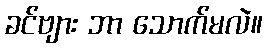
ခင်ဗျား ဘာ သောက်မလဲ။